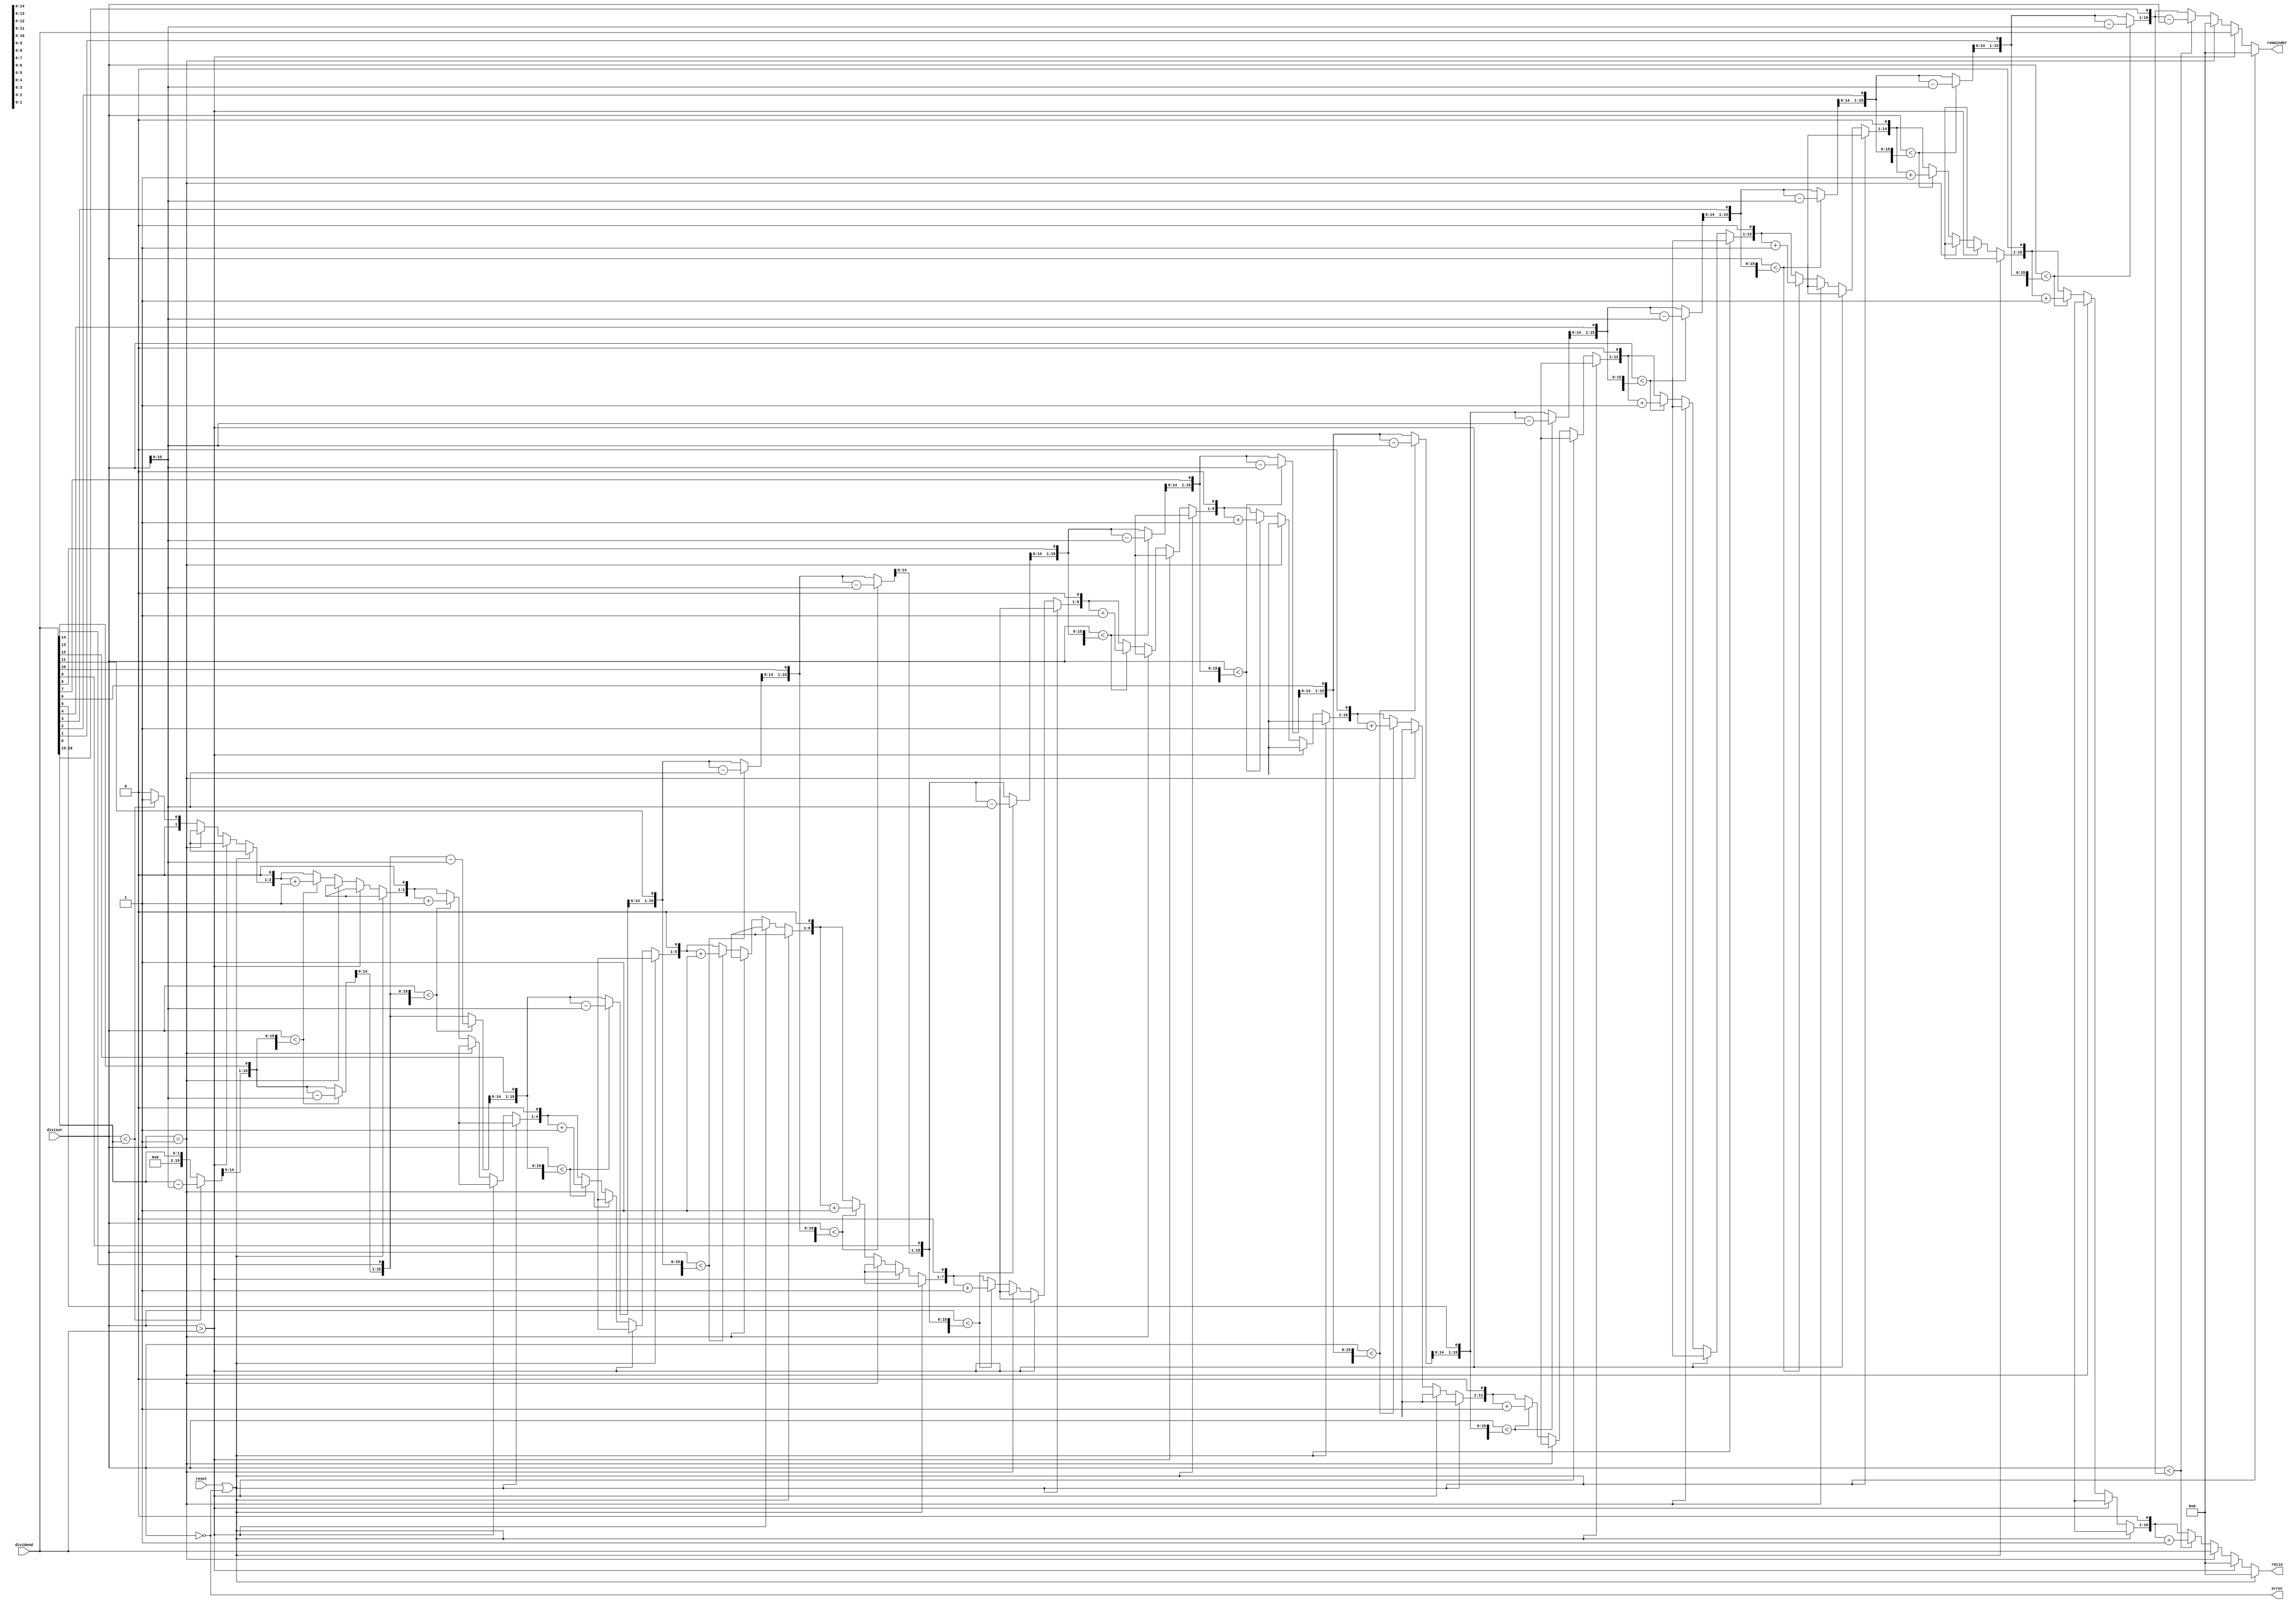
//17-bit divider

module mdivider(reset,ratio,remainder,error,divisor,dividend);

input reset;
input[16:0] divisor;        //17
input[16:0] dividend;       //17
output[16:0] ratio;          //17
output[16:0] remainder;      //17
output error;           //
reg[33:0] shift_dividend;     //34
reg[16:0] divisor_a;          //
reg[16:0] ratio;               //
reg[16:0] remainder;            //
wire error=(divisor==17'b0);     //0

always @(divisor or dividend)
begin
	if(reset||error)              //reseterror0
	begin
		ratio=17'b0;
		remainder=17'b0;
		divisor_a=17'b0;
		shift_dividend=17'b0;
	end
	else if(divisor>dividend)       //0
	begin
		ratio=17'b0;
		remainder=dividend;
	end
	else if(divisor==17'b1)         //10
	begin
		ratio=dividend;
		remainder=17'b0;
	end
	else
	begin
		ratio=17'b0;
		divisor_a=divisor;
		shift_dividend=dividend;      //173417
		shift_dividend=shift_dividend<<1;
		repeat(16)                     //3216
		begin
			ratio=ratio<<1;       //
			shift_dividend=shift_dividend<<1;  //341717
			if(divisor_a<shift_dividend[33:17]) //3317
			begin
				shift_dividend[33:17]=shift_dividend[33:17]-divisor_a;
				ratio=ratio+1;
			end      //1717+1
		end
		remainder=shift_dividend[33:17];//163417
	end
end
endmodule